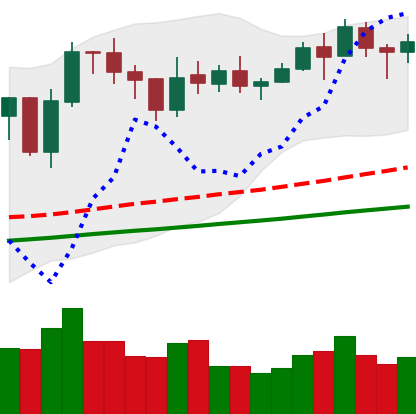
Ticker: LINK-USD
Chart end date: 2021-02-08
Forward return: 33.964%
Label: up_7plus